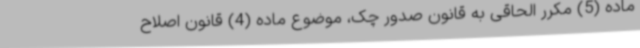
ماده (5) مکرر الحاقی به قانون صدور چک، موضوع ماده (4) قانون اصلاح